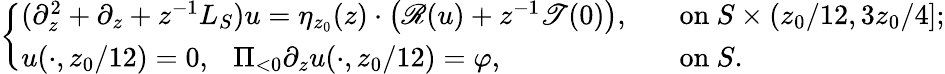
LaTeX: \begin{array}{r}{\left\{ \begin{array}{ll}{(\partial_{z}^{2}+\partial_{z}+z^{-1}L_{S})u=\eta_{z_{0}}(z)\cdot\left(\mathscr{R}(u)+z^{-1}\mathscr{T}(0)\right),\ }&{\ \mathrm{~on~}S\times(z_{0}/12,3z_{0}/4];}\\ {u(\cdot,z_{0}/12)=0,\ \ \ \Pi_{<0}\partial_{z}u(\cdot,z_{0}/12)=\varphi,\ }&{\ \mathrm{~on~}S.}\end{array}\right.}\end{array}